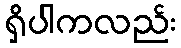
ရှိပါကလည်း